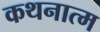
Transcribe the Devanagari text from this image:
कथनात्म